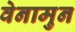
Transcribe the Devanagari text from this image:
वेनामुन